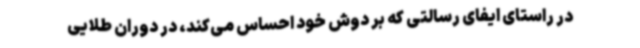
در راستای ایفای رسالتی که بر دوش خود احساس می‌کند، در دوران طلایی